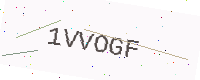
Text: 1VVOGF